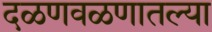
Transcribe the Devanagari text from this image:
दळणवळणातल्या